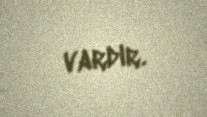
vardır.